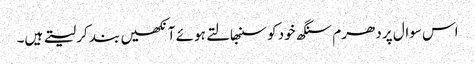
اس سوال پر دھرم سنگھ خود کو سنبھالتے ہوئے آنکھیں بند کر لیتے ہیں۔